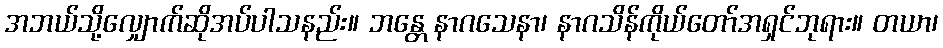
အဘယ်သို့လျှောက်ဆိုအပ်ပါသနည်း။ ဘန္တေ နာဂသေနာ၊ နာဂသိန်ကိုယ်တော်အရှင်ဘုရား။ တယာ၊